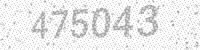
Solution: 475043